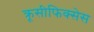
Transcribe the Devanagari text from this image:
क्रूसीफिक्‍सेस